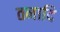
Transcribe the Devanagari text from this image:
तनादि